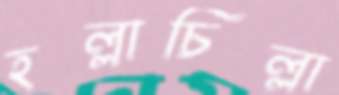
হল্লাচিল্লা